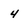
Character: 4